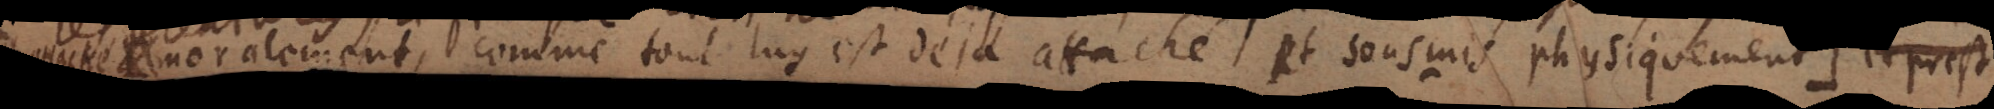
moralement, comme tout luy est déja attaché et sousmis physiquement:). Et